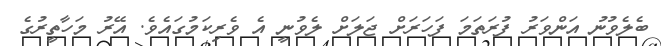
ބެލެވުނު އަންވަރު ފުރަތަމަ ފަހަރަށް ޖަލަށް ލެވުނީ އެ ވެރިކަމުގައެވެ. އޭރު މަހާތީރުގެ